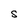
Character: S